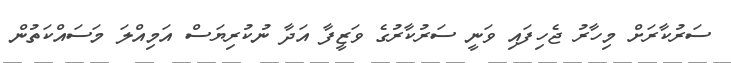
ސަރުކާރަށް މިހާރު ޖެހިފައި ވަނީ ސަރުކާރުގެ ވަޒީފާ އަދާ ނުކުރިޔަސް އަމިއްލަ މަސައްކަތުން